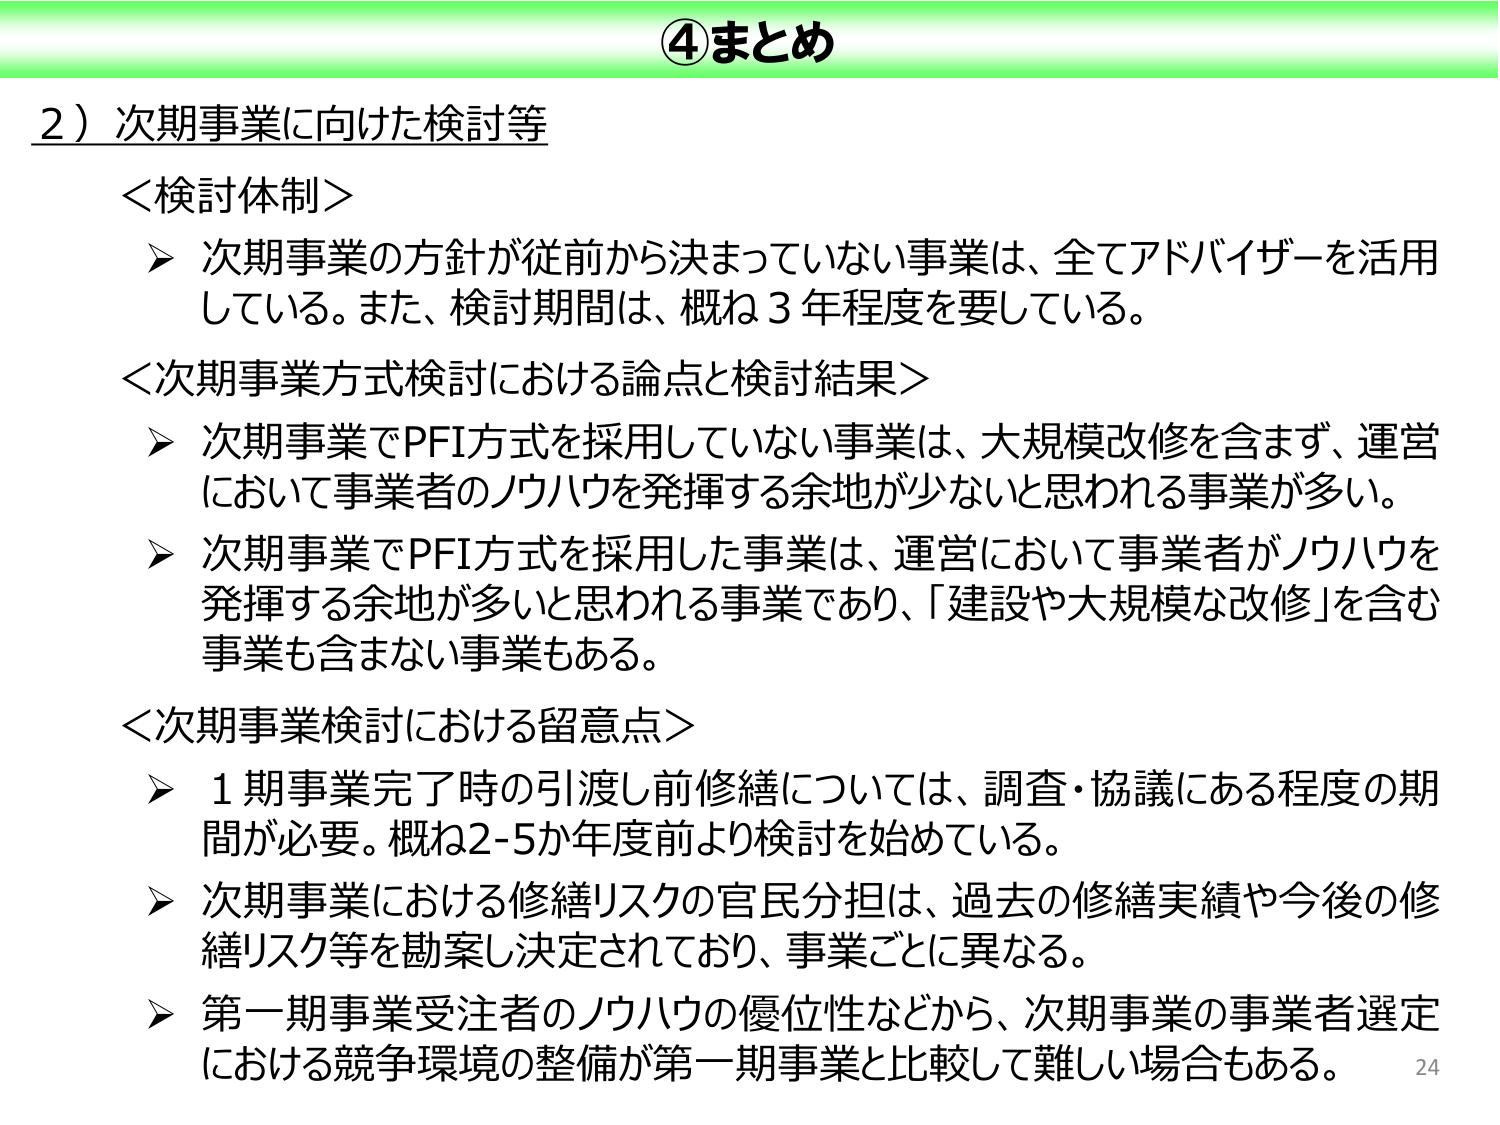
④まとめ

2）次期事業に向けた検討等

＜検討体制＞
▶ 次期事業の方針が従前から決まっていない事業は、全てアドバイザーを活用している。また、検討期間は、概ね3年程度を要している。

＜次期事業方式検討における論点と検討結果＞
▶ 次期事業でPFI方式を採用していない事業は、大規模改修を含まず、運営において事業者のノウハウを発揮する余地が少ないと思われる事業が多い。
▶ 次期事業でPFI方式を採用した事業は、運営において事業者がノウハウを発揮する余地が多いと思われる事業であり、「建設や大規模な改修」を含む事業も含まない事業もある。

＜次期事業検討における留意点＞
▶ 1期事業完了時の引渡し前修繕については、調査・協議にある程度の期間が必要。概ね2-5か年度前より検討を始めている。
▶ 次期事業における修繕リスクの官民分担は、過去の修繕実績や今後の修繕リスク等を勘案し決定されており、事業ごとに異なる。
▶ 第一期事業受注者のノウハウの優位性などから、次期事業の事業者選定における競争環境の整備が第一期事業と比較して難しい場合もある。

24